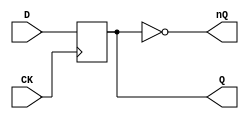
// This program was cloned from: https://github.com/neogeodev/NeoGeoFPGA-sim
// License: GNU General Public License v3.0

`timescale 1ns/1ns

module FDM(
	input CK,
	input D,
	output reg Q,
	output nQ
);

	initial
		Q <= 1'b0;

	always @(posedge CK)
		Q <= #2 D;
	
	assign nQ = ~Q;

endmodule